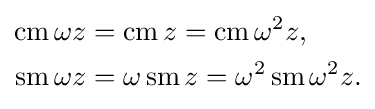
{\begin{aligned}\operatorname {cm} \omega z&=\operatorname {cm} z=\operatorname {cm} \omega ^{2}z,\\\operatorname {sm} \omega z&=\omega \operatorname {sm} z=\omega ^{2}\operatorname {sm} \omega ^{2}z.\end{aligned}}